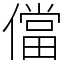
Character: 儅